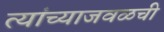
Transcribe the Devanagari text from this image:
त्यांच्याजवळची